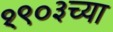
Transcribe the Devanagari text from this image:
१९०३च्या